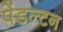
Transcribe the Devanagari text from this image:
पेंडल्टन